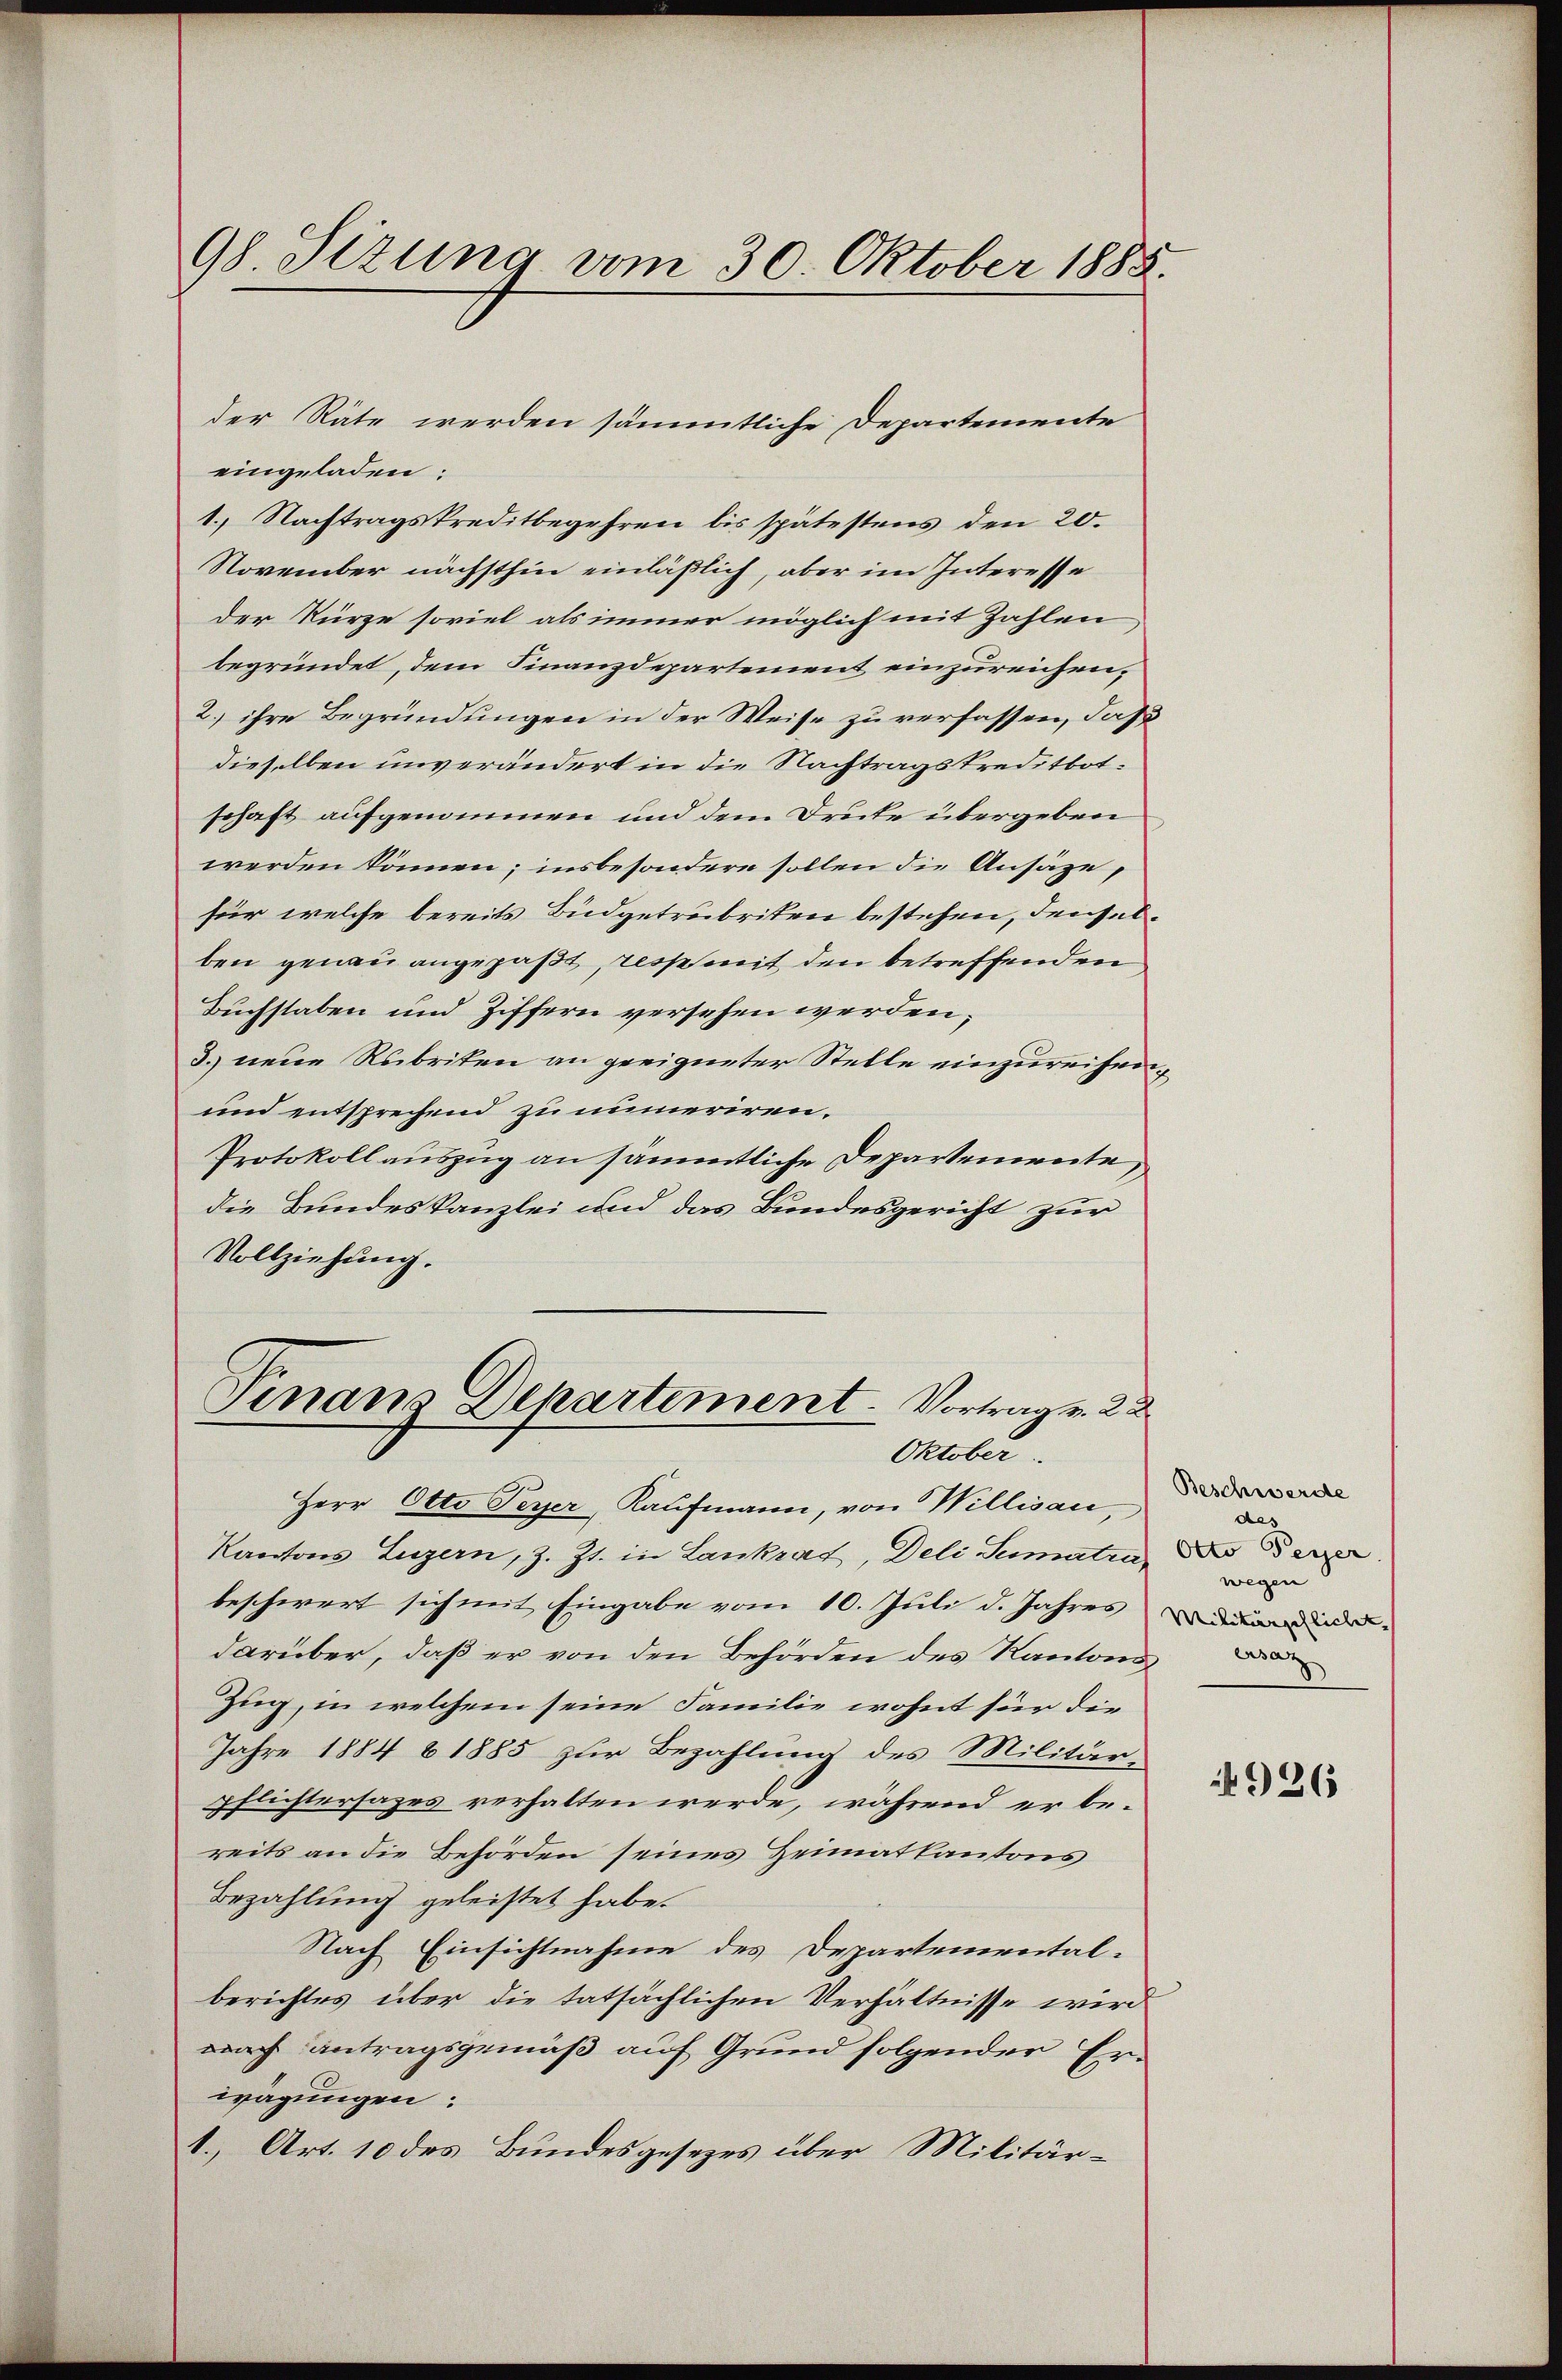
98. Sizung vom 30. Oktober 1885.

eingeladen:
1. Nachtragskreditbegehren bis spätestens den 20.
November nächsthin einläßlich, aber im Interesse
der Kürze soviel als immer möglich mit Zahlen
begründet, dem Finanzdepartement einzureichen,
2.) ihre Begründungen in der Weise zu verfassen, daß
dieselben unverändert in die Nachtragskreditbot.
schaft aufgenommen und dem Druke übergeben
werden können; insbesondere sollen die Ansäze,
für welche bereits Büdgetrubriken bestehen, denselben genau angepaßt, resse mit den betreffenden
Buchstaben und Ziffern versehen werden;
3. neue Rubriten an geeigneter Stelle einzureihen,
und entsprechend zu numeriren.
Protokoll auszug an sämmtliche Departemente,
die Bundeskanzlei und das Bundesgericht zur
Vollziehung.
Sinaus Departement Vortrag v. 22
Oktober.
Herr Otto Peyer, Kaufmann, von Willisau,
Kantons Luzern, z. Zt. in Lankrat, Deli Sumatra, das der
beschwert sich mit Eingabe vom 10. Juli d. Jahres und
darüber, daß er von den Behörden des Kantons
Zug, in welchem seine Familie wohnt für die
Jahre 1884 b 1885 zur Bezahlung des Militär-
pflichtersages verhalten werde, während er bereits an die Behörden seines Heimatkantons
Bezahlung geleistet habe.
Nach Einsichtnahme des Departemental-
berichtes über die tatsächlichen Verhältnisse wird
nach Antragsgemäß auf Grund folgender Erwägungen:
1., Art. 10 des Bundesgesezes über Militär¬

der Räte werden sämmtliche Departemente

Beschwerde
des
wegen

N 926